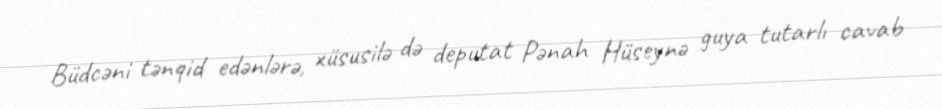
Büdcəni tənqid edənlərə, xüsusilə də deputat Pənah Hüseynə guya tutarlı cavab